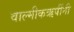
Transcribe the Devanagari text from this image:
वाल्मीकऋषींनी